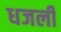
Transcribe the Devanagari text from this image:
धजली